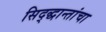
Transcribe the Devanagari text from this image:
सिद्द्धान्तांचा